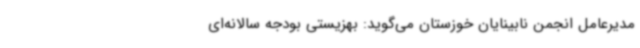
مدیرعامل انجمن نابینایان خوزستان می‌گوید: بهزیستی بودجه سالانه‌ای